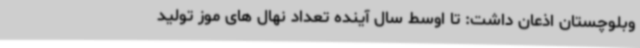
وبلوچستان اذعان داشت: تا اوسط سال آینده تعداد نهال های موز تولید